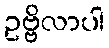
ဥဗ္ဗိလာပါ